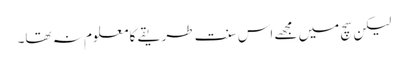
لیکن سچ میں مجھے اس سنت طریقے کا معلوم نہ تھا۔